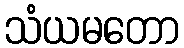
သံယမတော